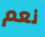
نعم